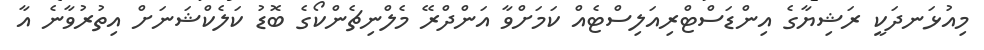
މިއުޅަނދަކީ ރަޝިޔާގެ އިންޑަސްޓްރިއަލިސްޓެއް ކަމަށްވާ އަންދްރޭ މެލްނިޗެންކޯގެ ބޮޑު ކަލެކްޝަނަށް އިތުރުވާނެ އާ